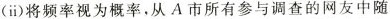
(ii)将频率视为概率，从A市所有参与调查的网友中随